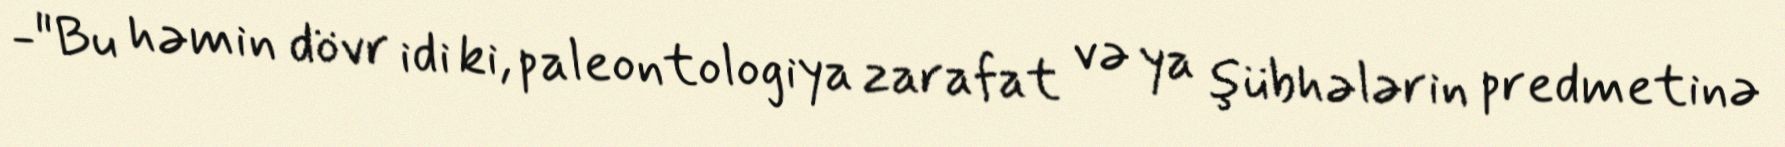
-"Bu həmin dövr idi ki, paleontologiya zarafat və ya şübhələrin predmetinə